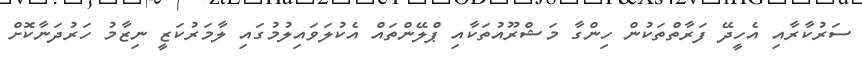
ސަރުކާރާއި އެހީދޭ ފަރާތްތަކުން ހިންގާ މަޝްރޫއުތަކާއި ޕްލޭންތައް އެކުލަވައިލުމުގައި ލާމަރުކަޒީ ނިޒާމު ހަރުދަނާކޮށް